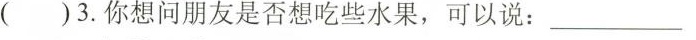
( )3.你想问朋友是否想吃些水果,可以说:___